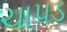
ચાપડ